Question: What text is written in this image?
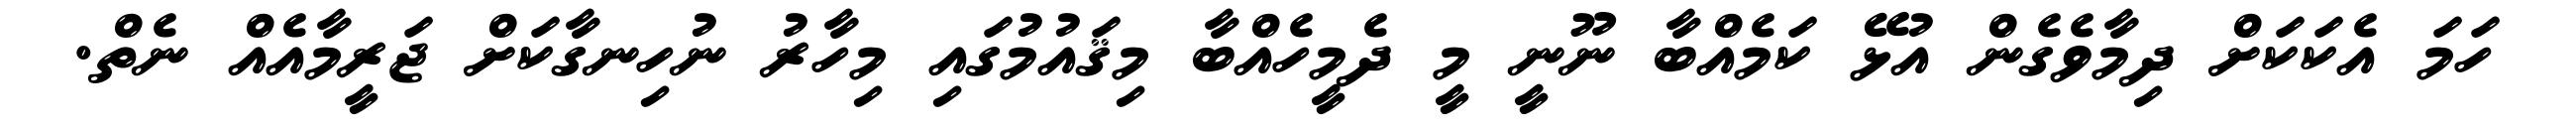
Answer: ހަމަ އެކަކަށް ދިމާވެގެން އުޅޭ ކަމެއްބާ ނޫނީ މީ ދެމީހެއްބާ މިޤައުމުގައި މިހާރު ނުހިނގާކަށް ޖަރީމާއެއް ނެތް.